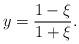
LaTeX: \begin{align*} y = \frac{1-\xi}{1+\xi}.\end{align*}